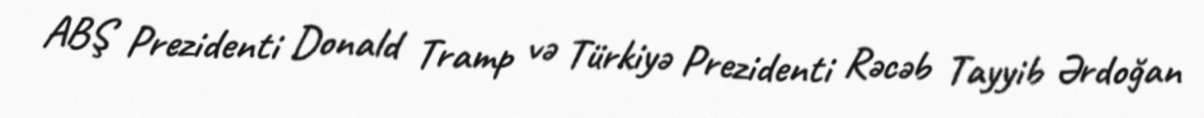
ABŞ Prezidenti Donald Tramp və Türkiyə Prezidenti Rəcəb Tayyib Ərdoğan